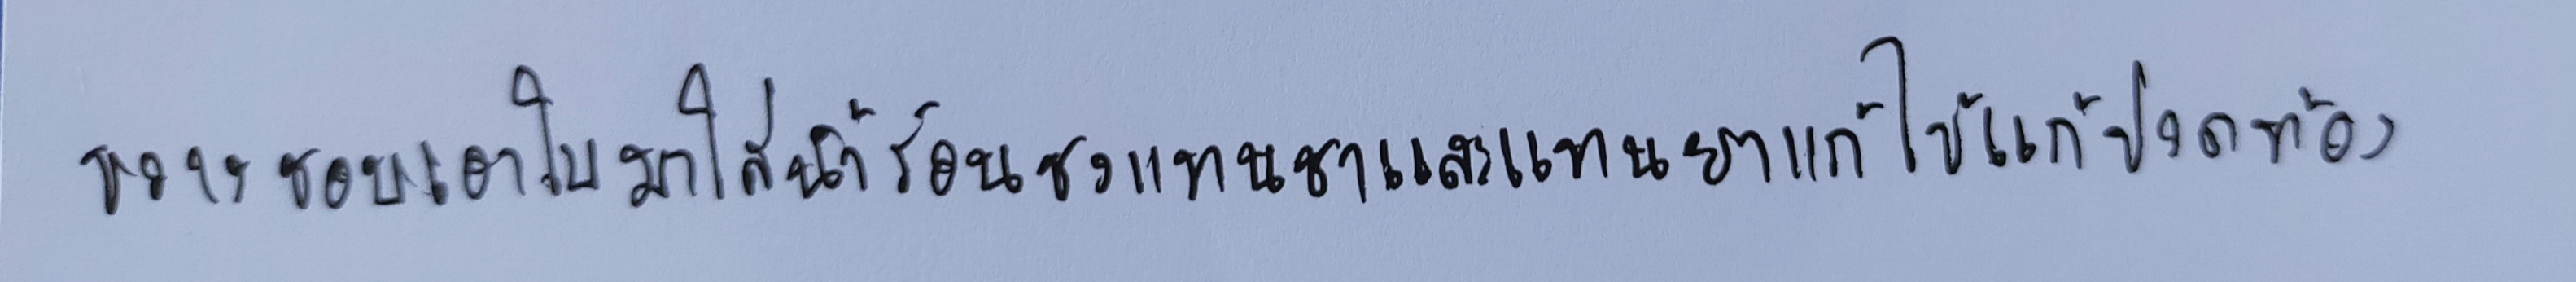
ขวางชอบเอาใบมาใส่น้ำร้อนชงแทนชาและแทนยาแก้ไข้แก้ปวดท้อง